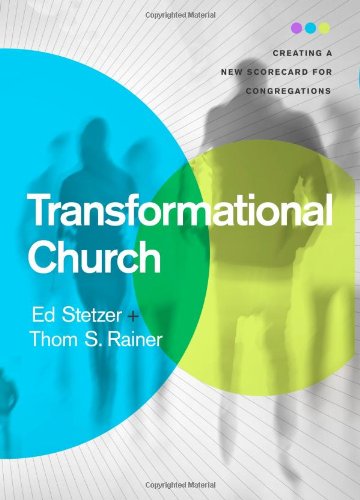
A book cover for Transformational Church: Creating a New Scorecard for Congregations; Ed Stetzer; Christian Books & Bibles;